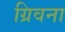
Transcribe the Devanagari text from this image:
ग्रिवना